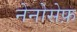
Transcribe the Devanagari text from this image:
नेनोसेफ़